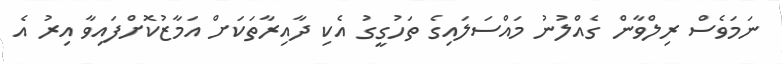
ނަމަވެސް ރިލްވާން ގެއްލުނު މައްސަލައިގެ ތަހުގީގު އެކި ދާއިރާތަކަށް އަމާޒުކޮށްފައިވާ އިރު އެ